Vaccination in Bombay 1913-1923 - 1913-1923
Year: 1913
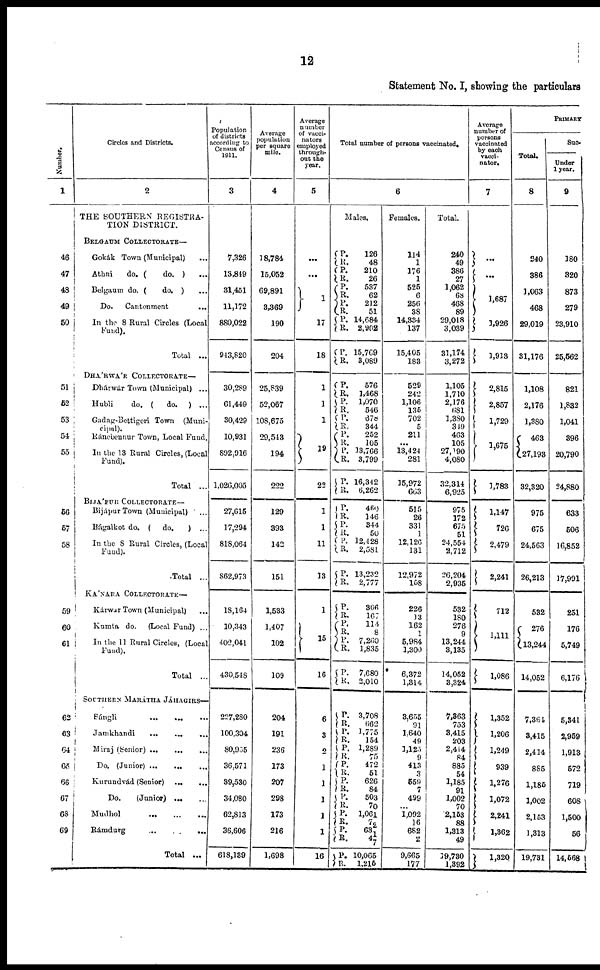
12
Statement No. I, showing the particulars
Number.
1
46
47
48
49
50
51
52
53
54
55
56
57
58
59
60
61
62
63
64
65
66
67
68
69
Circles and Districts.
2
THE SOUTHERN REGISTRA-
TION DISTRICT.
BELGAUM COLLECTORATE—
Gokák Town (Municipal) ...
Athni
do. (
do. ) ...
Belgaum do. (
do. ) ...
Do.
Cantonment ...
In the 8 Rural Circles (Local
Fund).
Total ...
DHÁRWÁR COLLECTORATE—
Dhárwár Town (Municipal) ...
Hubli
do. ( do. ) ...
Gadag-Bettigeri Town (Muni-
-------
Ránebennur Town. Local Fund.
In the 13 Rural Circles, (Local
Fund).
Total ...
BIJÁPUR COLLECTORATE—
Bijapur Town (Municipal) ...
Bágalkot do. ( do. ) ...
In the 8 Rural Circles, (Local
Fund).
Total ...
KÁNARA COLLECTORATE—
Kárwar Town (Municipal) ...
Kumta do. (Local Fund) ...
In the 11 Rural Circles, (Local
Fund).
Total ...
SOUTHERN MARÁTHA JÁHAGIRS—
Sángli
...
...
...
Jamkhandi
...
... ...
Miraj (Senior)
...
...
...
Do. (Junior)
...
...
...
Kurundvád (Senior) ... ...
Do.
(Junior) ...
Mudhol
...
...
...
Rámdurg
...
...
Total ...
Population
of districts
according to
Census of
1911.
3
7,326
13,819
31,451
11,172
880,022
943,820
30,289
61,440
30,429
10,931
892,916
l,026,005
27,615
17,294
818,064
862,973
18,164
10,343
402,041
430,548
227,280
100,304
80,955
36,571
39,530
34,080
62,813
36,606
618,189
Average
population
per square
mile.
4
18,784.
15,052
69,891
3,369
190
204
25,839
52,067
108,675
29,513
194
129
393
142
151
1,533
1,407
102
109
204
191
236
173
207
298
173
216
1,698
Average
number
of vacci¬
nators
employed
through-
out the
year.
5
...
...
1
17
18
1
1
1
19
22
1
1
11
13
1
15
16
6
3
2
1
1
1
1
1
16
Total number of persons vaccinated.
6
Males.
P.
R.
P.
R.
P.
R.
P.
R.
P.
R.
P.
R.
126
48
210
26
537
62
212
51
14,684
2,902
15,769
3,089
P.
R.
P.
R.
P.
R.
P.
R.
P.
R.
P.
R.
P.
R.
P.
R.
P.
R.
P.
R.
576
1,468
1,070
546
678
344
252
105
13,766
3,799
16,342
6,262
460
146
344
50
12,428
2,581
13,232
2,777
P.
R.
P.
R.
P.
R.
P.
R.
306
167
114
8
7,260
1,835
7,680
2,010
P.
R.
P.
R.
P.
R.
P.
R.
P.
R.
P.
R.
P.
R.
P.
R.
P.
R.
3,708
662
1,775
154
1,289
75
472
51
626
84
503
70
1,061
72
631
47
10,065
1,215
Females.
114
1
176
1
525
6
256
38
14,334
137
15,405
183
529
242
1,106
135
702
5
211
...
13,424
281
15,972
663
515
26
331
1
12,126
131
12,972
158
226
13
162
1
5,984
1,300
6,372
1,314
3,655
91
1,640
49
1,125
9
413
3
559
7
499
...
1,092
16
682
2
9,665
177
Total.
240
49
386
27
1,062
68
468
89
29,018
3,039
31,174
3,272
1,105
1,710
2,176
681
3,380
349
463
105
27,190
4,080
32,314
6,925
975
172
675
51
24,554
2,712
26,204
2,935
532
180
276
9
13,244
3,135
14,052
3,324
7,363
753
3,415
203
2,414
84
885
54
1,185
91
1,002
70
2,153
88
1,313
49
19,730
1,392
Average
number of
persons
vaccinated
by each
vacci¬
nator.
7
...
...
1,687
1,926
1,913
2,815
2,857
1,729
1,675
1,783
1,147
726
2,479
2,241
712
1,111
1,086
1,352
1,206
1,249
939
1,276
1,072
2,241
1,362
1,320
PRIMARY
Total.
8
240
386
1,063
468
29,019
31,176
1,108
2,176
1,380
463
27,193
32,320
975
675
24,563
26,213
532
276
13,244
14,052
7,361
3,415
2,414
885
1,185
1,002
2,153
1,313
19,731
Suc¬
Under
1 year.
9
380
320
873
279
23,910
25,562
821
1,832
1,041
396
20,790
24,880
633
506
16,852
17,991
251
176
5,749
6,176
5,341
2,959
1,913
572
719
608
1,500
56
14,568